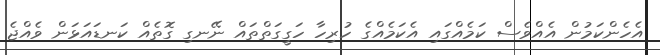
އެހެންކަމުން އެއްވެސް ކަމެއްގައި އެކަމެއްގެ ހުރިހާ ހަގީގަތްތައް ނޭނގި ގޮތެއް ކަނޑައަޅަން ވެއްޖެ